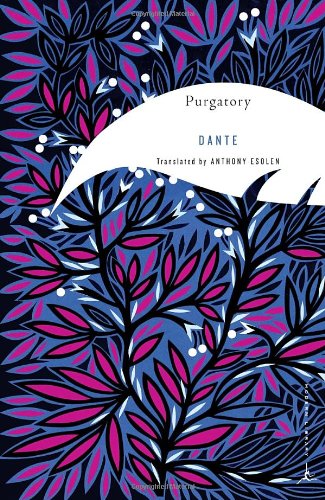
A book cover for Purgatory (Modern Library Classics); Dante; Literature & Fiction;